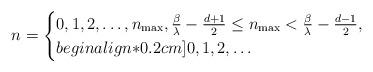
LaTeX: \begin{align*} n = \begin{cases} 0, 1, 2, \ldots, n_{\rm max}, \frac{\beta}{\lambda}-\frac{d+1}{2} \le n_{\rm max} < \frac{\beta}{\lambda} - \frac{d-1}{2}, & \\begin{align*}0.2cm] 0, 1, 2, \ldots & \end{cases} \end{align*}